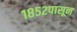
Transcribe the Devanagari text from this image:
१८५२पासून